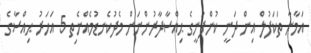
އަމާނާ ތަކަފުލް އިން ދަނީ ކުންފުނީގެ ޙިއްސާދާރުންނަަށް މެދުކެނޑުމެއްނެތި 5 އަހަރު ޙިއްސާގެ